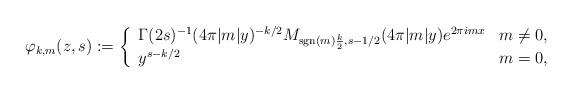
LaTeX: \begin{align*}\varphi_{k,m}(z,s) := \left\{\begin{array}{ll}\Gamma(2s)^{-1}(4\pi |m|y)^{-k/2}M_{\mathrm{sgn}(m)\frac{k}{2}, s-1/2}(4\pi |m|y)e^{2\pi imx} & m \neq 0,\\y^{s-k/2} & m = 0,\end{array} \right.\end{align*}